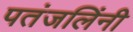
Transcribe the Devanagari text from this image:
पतंजलिंनी